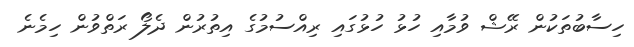
ހިސާބުތަކުން ރޭޝް ވުމާއި ހުޅު ހުޅުގައި ރިއްސުމުގެ އިތުރުން ދެލޯ ރަތްވުން ހިމެނެ